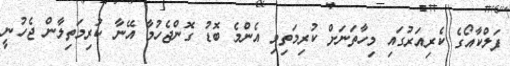
ފަލްކާއޯގެ ކެރިއަރުގައި މިހާތަނަށް ކުރިމަތިވި އެންމެ ބޮޑު ގޮންޖެހުމާ އޭނާ ކުރިމަތިލާން ޖެހުނީ